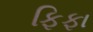
ફિફા